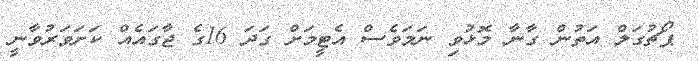
ޕޯޗުގަލް އަތުން ގާނާ މޮޅުވި ނަމަވެސް އެޓީމަށް ގަދަ 16ގެ ޖާގައެއް ކަށަވަރުވާނީ